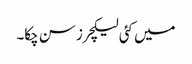
میں کئی لیکچرز سن چکا۔